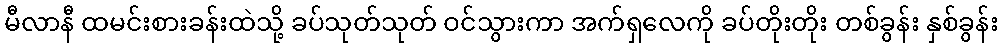
မီလာနီ ထမင်းစားခန်းထဲသို့ ခပ်သုတ်သုတ် ဝင်သွားကာ အက်ရှလေကို ခပ်တိုးတိုး တစ်ခွန်း နှစ်ခွန်း